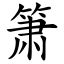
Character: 箫